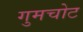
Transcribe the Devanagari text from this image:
गुमचोट